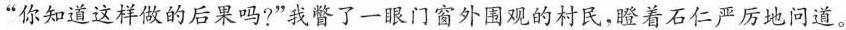
”你知道这样做的后果吗?”我瞥了一眼门窗外国观的村民，瞪着石仁严厉地问道。